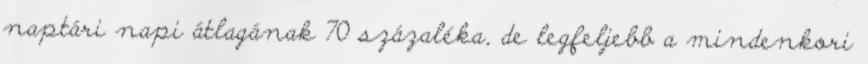
naptári napi átlagának 70 százaléka, de legfeljebb a mindenkori